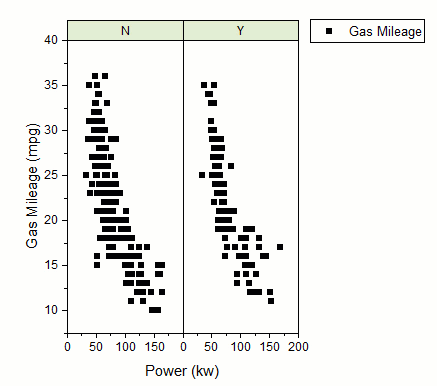
originLab, graph maker app, scatter plot, grouped